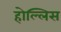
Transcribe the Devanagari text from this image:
होल्लिस